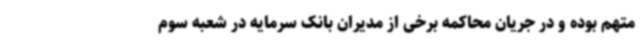
متهم بوده و در جریان محاکمه برخی از مدیران بانک سرمایه در شعبه سوم